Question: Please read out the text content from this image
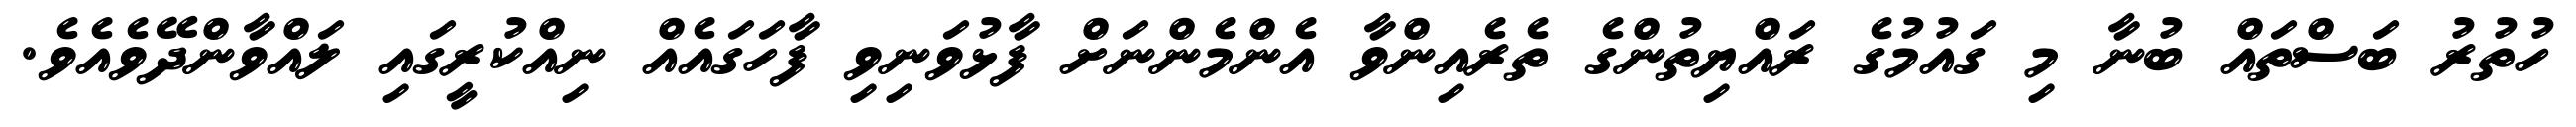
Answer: ހުތުރު ބަސްތައް ބުނާ މި ގައުމުގެ ރައްޔިތުންގެ ތެރެއިންވާ އެންމެންނަށް ފާޅުވަނިވި ފާހަގައެއް ނިއްކުރީގައި ލައްވާންދޭވެއެވެ.